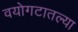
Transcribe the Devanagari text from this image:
वयोगटातल्या